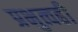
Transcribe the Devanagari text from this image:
प्रभुत्वही